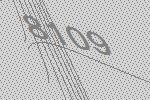
8109